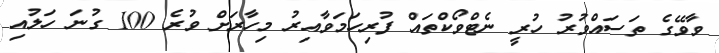
ވާވޭގެ ތަސައްވުރު ހުރީ ނެޓްވޯކްތައް ފުރިހަމަވާއިރު މިހާރަށް ވުރެ 100 ގުނަ ހަލުއި